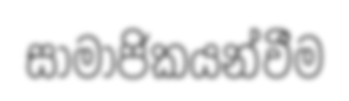
සාමාජිකයන්වීම